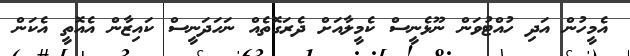
އެމީހުން އަދި ހުއްޓުވަން ނޫޅެނީސް ކެމީލާއަށް ދެރަގޮތެއް ނަހަދަނީސް ކައިޒާން އެއޮތީ އެކަން